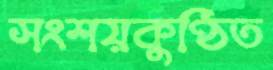
সংশয়কুণ্ঠিত